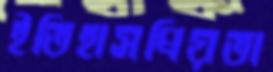
ইতিহাসপ্রিয়তা